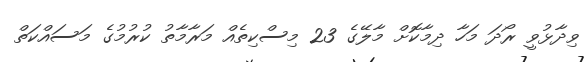
ވިދާޅުވީ ރޯދަ މަހާ ދިމާކޮށް މާލޭގެ 23 މިސްކިތެއް މަރާމާތު ކުރުމުގެ މަސައްކަތް